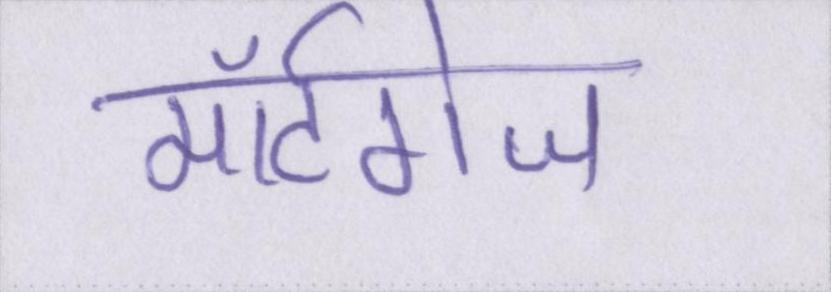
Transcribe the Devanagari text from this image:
मॉर्टगेज